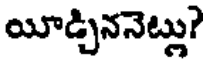
యీడ్చిననెట్లు?